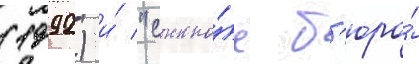
(1992) и́ "сыскно́е б'юро́